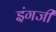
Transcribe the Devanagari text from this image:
इंगजी